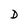
Character: D